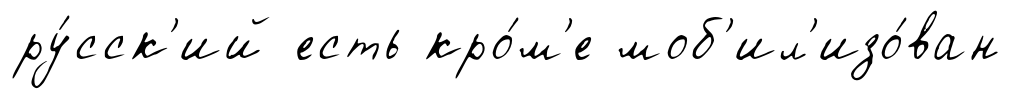
ру́сск'ий есть кро́м'е моб'ил'изо́ван